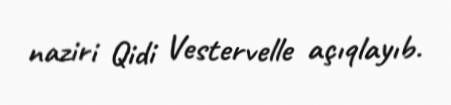
naziri Qidi Vestervelle açıqlayıb.